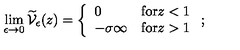
\lim _ { \epsilon \rightarrow 0 } \widetilde { \mathcal V } _ { \epsilon } ( z ) = \left\{ \begin{array} { l l } { 0 } & { \mathrm { f o r } z < 1 } \\ { - \sigma \infty } & { \mathrm { f o r } z > 1 } \\ \end{array} \right. ;